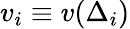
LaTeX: v_{i}\equiv v(\Delta_{i})